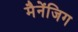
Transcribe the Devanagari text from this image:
मैनेंजिग